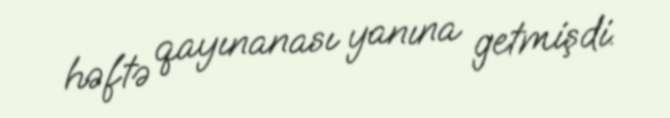
həftə qayınanası yanına getmişdi.